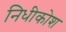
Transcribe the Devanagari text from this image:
निधीकोश